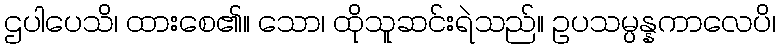
ဌပါပေသိ၊ ထားစေ၏။ သော၊ ထိုသူဆင်းရဲသည်။ ဥပသမ္ပန္နကာလေပိ၊